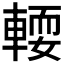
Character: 𨍥